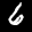
Label: 6